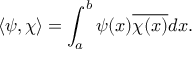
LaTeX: \left\langle \psi , \chi \right\rangle = \int _ { a } ^ { b } \psi ( x ) { \overline { { \chi ( x ) } } } d x .